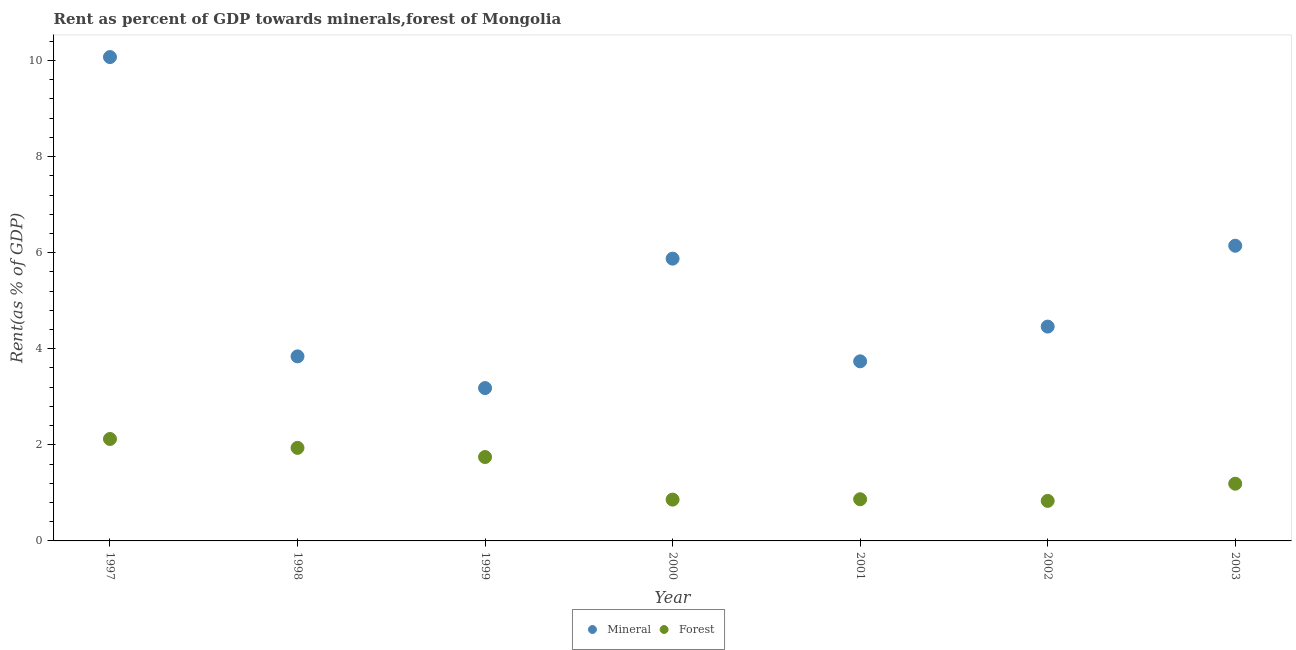
| Year | Mineral | Forest |
 | --- | --- | --- |
 | 1997 | 10.1 | 2.12 |
 | 1998 | 3.84 | 1.94 |
 | 1999 | 3.18 | 1.75 |
 | 2000 | 5.88 | 0.86 |
 | 2001 | 3.74 | 0.867 |
 | 2002 | 4.46 | 0.833 |
 | 2003 | 6.14 | 1.19 |